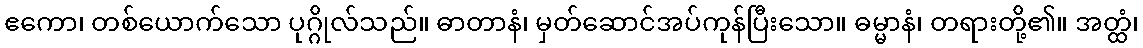
ဧကော၊ တစ်ယောက်သော ပုဂ္ဂိုလ်သည်။ ဓာတာနံ၊ မှတ်ဆောင်အပ်ကုန်ပြီးသော။ ဓမ္မာနံ၊ တရားတို့၏။ အတ္ထံ၊